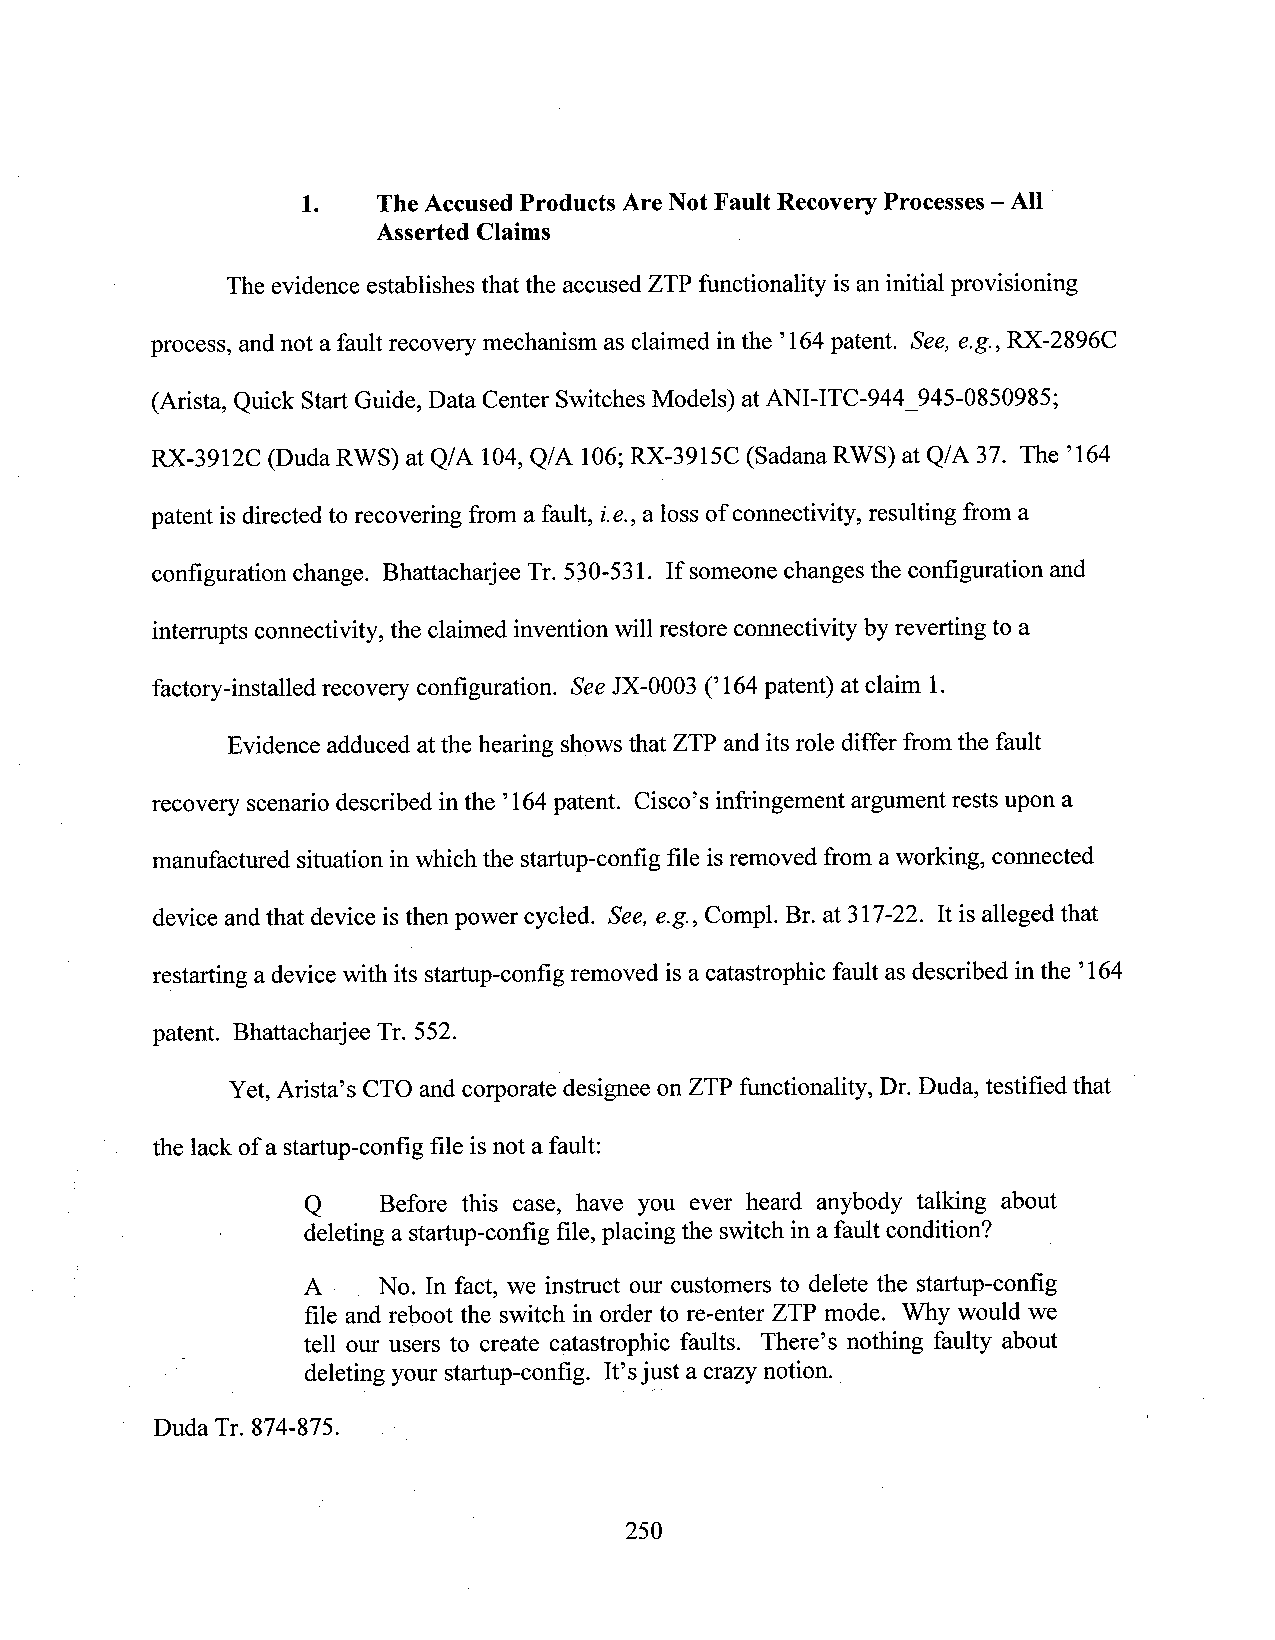
1.   The Accused Products Are Not Fault Recovery Processes —All '
 Asserted Claims
 The evidence establishes thatthe accused ZTP functionality is aninitial provisioning
 process, andnot a fault recovery mechanism as claimed inthe ’164patent. See, e.g., RX-2896C
 (Arista, Quick Start Guide, Data Center Switches Models) atANI-ITC-944_945-0850985;
 RX-3912C (Duda RWS) at Q/A 104,Q/A 106;RX-3915C (Sadana RWS) at Q/A 37. The ’l64
 patent isdirected to recovering from a fault, i.e.,a loss of connectivity, resulting from a
 configuration change. Bhattacharjee Tr. 530-531. If someone changes the configuration and
 interrupts connectivity, the claimed invention will restore connectivity by reverting to a
 factory-installed recovery configuration. See JX-OOO3(’164patent) at claim 1.
 Evidence adduced at the hearing shows that ZTP and itsrole differ from the fault
 recovery scenario described inthe ’164patent. Cisco’s infringement argument rests upon a
 manufactured situation inwhich the startup-config file isremoved from aworking, connected
 device andthat device is then power cycled. See, e.g., Compl. Br. at 317-22. It is alleged that
 restarting a devicewith its startup-config removed isa catastrophic fault as described inthe ’164
 patent. Bhattacharjee Tr. 552.
 Yet, Arista’s CTO and corporate designee on ZTP functionality, Dr. Duda, testified that
 the lack ofa startup-config file isnot a fault:
 Q    Before this case, have you ever heard anybody talking about
 deleting a startup-config file, placing the switch in a fault condition? _
 A    No. In fact, we instruct our customers to delete the startup-config
 file and reboot the switch in order to re-enter ZTP mode. Why would We
 tell our users to create catastrophic faults. There’s nothing faulty about
 '       deleting your startup-config. It’sjust a crazy notion.
 Duda Tr. 874-875.
 250